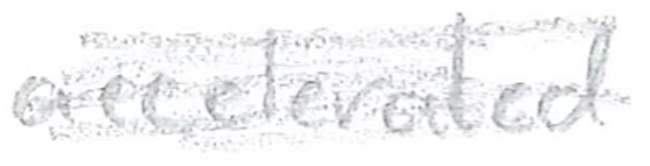
Text: accelerated
Cross-out: scratch
Writing tool: pencil